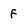
Character: f